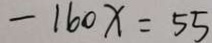
- 1 6 0 x = 5 5